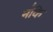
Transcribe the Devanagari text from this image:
न॑कि